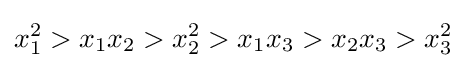
x_{1}^{2}>x_{1}x_{2}>x_{2}^{2}>x_{1}x_{3}>x_{2}x_{3}>x_{3}^{2}